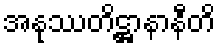
အနုဿတိဋ္ဌာနာနီတိ